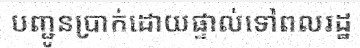
បញ្ជូនប្រាក់ដោយផ្ទាល់ទៅពលរដ្ឋ